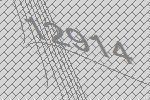
12914